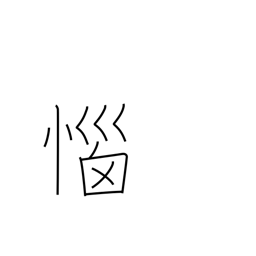
Meaning: angered